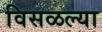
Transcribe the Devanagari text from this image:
विसळल्या